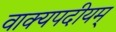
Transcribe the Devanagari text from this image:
वाक्यपदीयम्